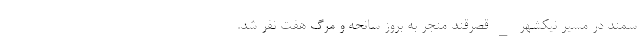
سمند در مسیر نیکشهر _ قصرقند منجر به بروز سانحه و مرگ هفت نفر شد.